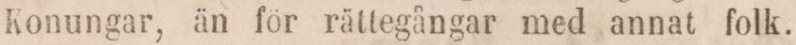
Konungar, än för rättegångar med annat folk.